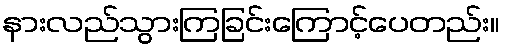
နားလည်သွားကြခြင်းကြောင့်ပေတည်း။